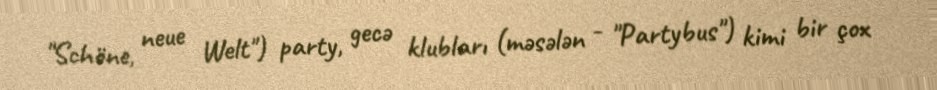
"Schöne, neue Welt") party, gecə klubları (məsələn - "Partybus") kimi bir çox